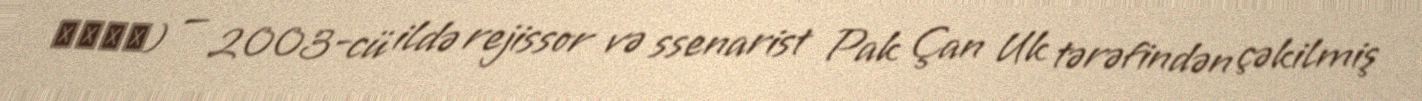
올드보이) — 2003-cü ildə rejissor və ssenarist Pak Çan Uk tərəfindən çəkilmiş